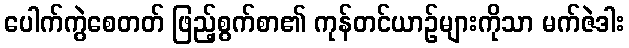
ပေါက်ကွဲစေတတ် ဖြည့်စွက်စာ၏ ကုန်တင်ယာဉ်များကိုသာ မက်ဇဲဒါး